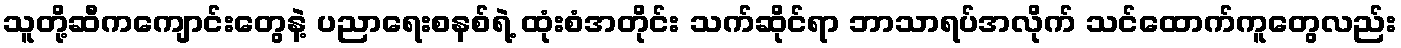
သူတို့ဆီကကျောင်းတွေနဲ့ ပညာရေးစနစ်ရဲ့ ထုံးစံအတိုင်း သက်ဆိုင်ရာ ဘာသာရပ်အလိုက် သင်ထောက်ကူတွေလည်း